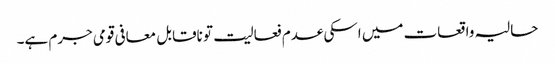
حالیہ واقعات میں اسکی عدم فعالیت تو ناقابل معافی قومی جرم ہے۔